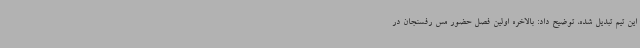
این تیم تبدیل شده، توضیح داد: بالاخره اولین فصل حضور مس رفسنجان در